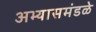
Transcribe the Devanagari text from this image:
अभ्यासमंडळे